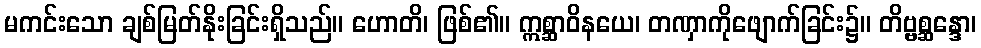
မကင်းသော ချစ်မြတ်နိုးခြင်းရှိသည်။ ဟောတိ၊ ဖြစ်၏။ ဣစ္ဆာဝိနယေ၊ တဏှာကိုဖျောက်ခြင်း၌။ တိဗ္ဗစ္ဆန္ဒော၊